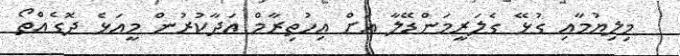
މިލިޔުމާއި ގުޅޭ ގެލަރީމަންޑޭލާ އަށް އިހުތިރާމް އަދާކުރުން މީއަޅެ ދޮގެއްތޯ